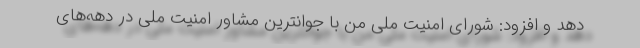
دهد و افزود: شورای امنیت ملی من با جوانترین مشاور امنیت ملی در دهه‌های